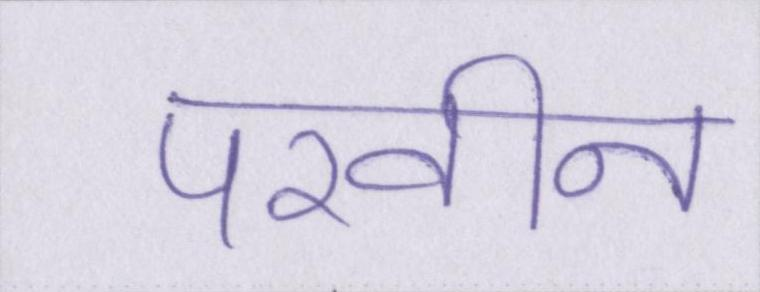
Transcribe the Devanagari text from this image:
परवीन